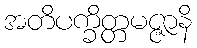
အတိပက္ခိတ္တမဇ္ဇာနိ